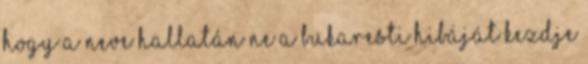
hogy a neve hallatán ne a bukaresti hibáját kezdje